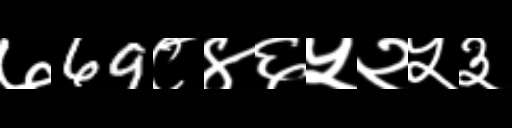
Text: ७69८४६५२५३